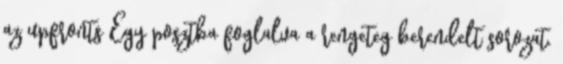
az upfronts Egy posztba foglalva a rengeteg berendelt sorozat.